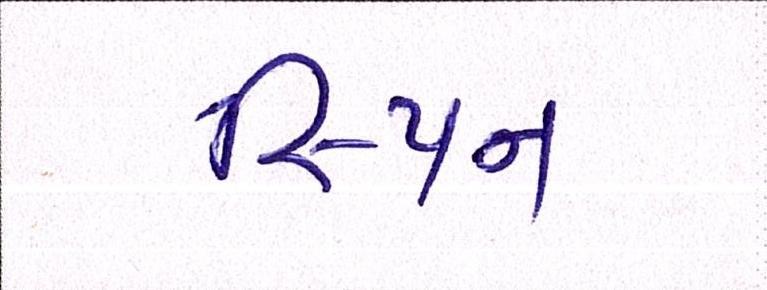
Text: સ્પિન